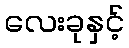
လေးခုနှင့်